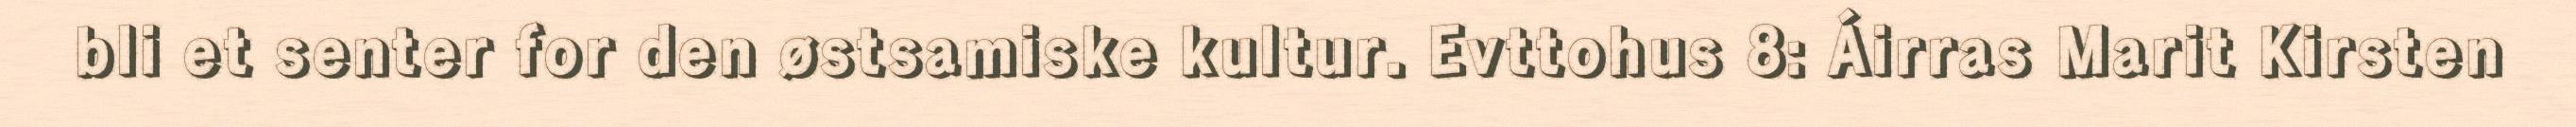
bli et senter for den østsamiske kultur. Evttohus 8: Áirras Marit Kirsten